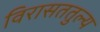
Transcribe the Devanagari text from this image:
विरासततुल्य